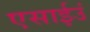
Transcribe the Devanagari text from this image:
एसाईउं